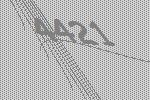
4421